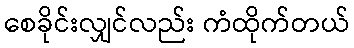
စေခိုင်းလျှင်လည်း ကံထိုက်တယ်